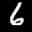
Label: 6